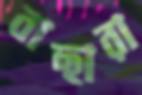
বাছারা